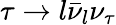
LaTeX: \tau\to l\bar{\nu}_{l}\nu_{\tau}